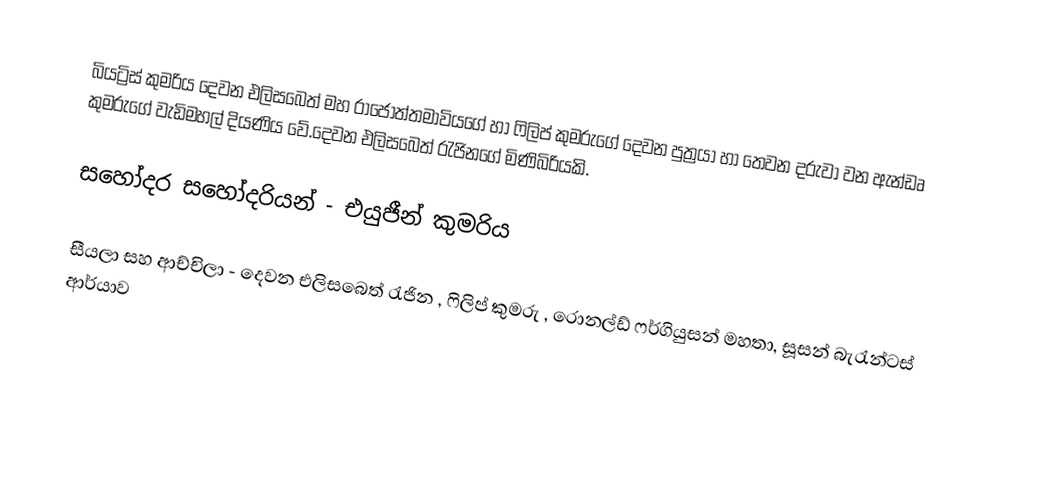
බියට්‍රිස් කුමරිය දෙවන එලිසබෙත් මහ රාජෝත්තමාවියගේ හා ෆිලිප් කුමරුගේ දෙවන පුත්‍රයා හා තෙවන දරුවා වන ඇන්ඩෘ කුමරුගේ වැඩිමහල් දියණිය වේ.දෙවන එලිසබෙත් රැජිනගේ මිණිබිරියකි.

සහෝදර සහෝදරියන් - එයුජීන් කුමරිය

සීයලා සහ ආච්චිලා - දෙවන එලිසබෙත් රැජින , ෆිලිප් කුමරු , රොනල්ඩ් ෆර්ගියුසන් මහතා, සූසන් බැරැන්ටස් ආර්යාව